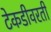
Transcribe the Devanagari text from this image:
टेकडीवरती